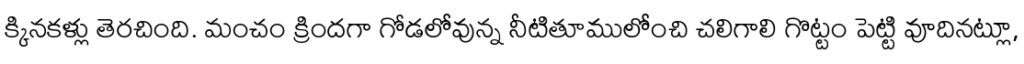
క్కినకళ్లు తెరచింది. మంచం క్రిందగా గోడలోవున్న నీటితూములోంచి చలిగాలి గొట్టం పెట్టి వూదినట్లూ,